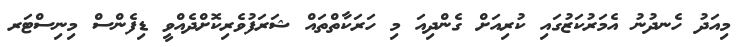
މިއަދު ހެނދުނު އެމަރުކަޒުގައި ކުރިއަށް ގެންދިއަ މި ހަރަކާތްތައް ޝަރަފުވެރިކޮށްދެއްވީ ޑިފެންސް މިނިސްޓަރ